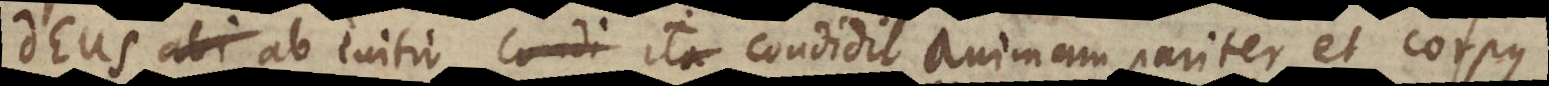
Deus ab initio condi ita condidit animam pariter et corpus